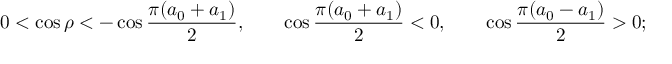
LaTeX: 0 < \cos \rho < - \cos \frac { \pi ( a _ { 0 } + a _ { 1 } ) } { 2 } , \qquad \cos \frac { \pi ( a _ { 0 } + a _ { 1 } ) } { 2 } < 0 , \qquad \cos \frac { \pi ( a _ { 0 } - a _ { 1 } ) } { 2 } > 0 ; \nonumber